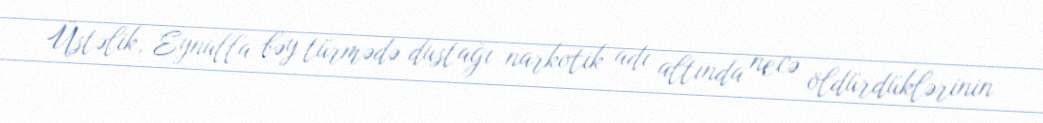
Üstəlik, Eynulla bəy türmədə dustağı narkotik adı altında necə öldürdüklərinin